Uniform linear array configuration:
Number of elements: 32
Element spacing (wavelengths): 1
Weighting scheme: exponential
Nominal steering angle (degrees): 15
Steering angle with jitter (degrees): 16.781
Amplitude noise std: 0.05
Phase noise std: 0.05

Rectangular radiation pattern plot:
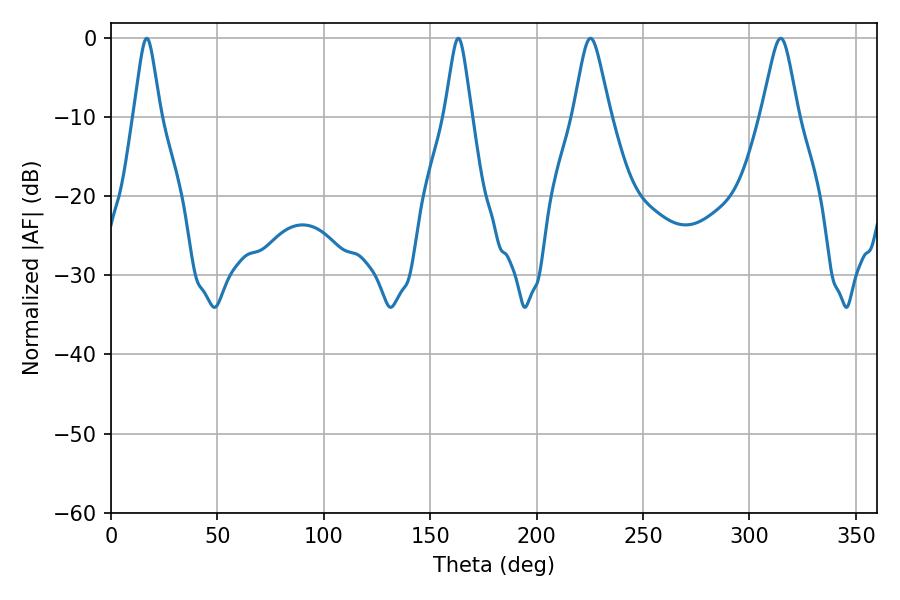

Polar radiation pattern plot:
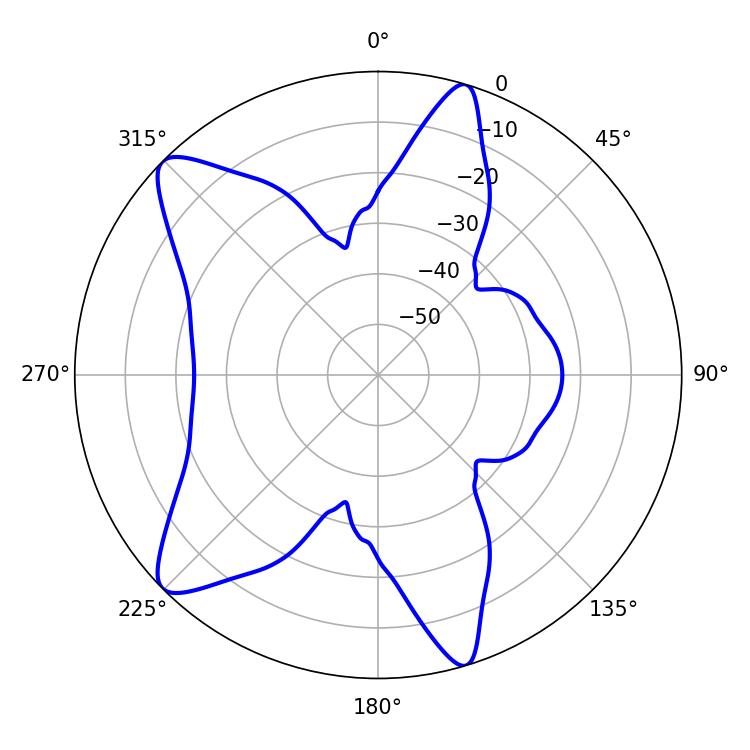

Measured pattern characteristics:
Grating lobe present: TRUE
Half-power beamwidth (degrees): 8.1
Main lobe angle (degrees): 225.36